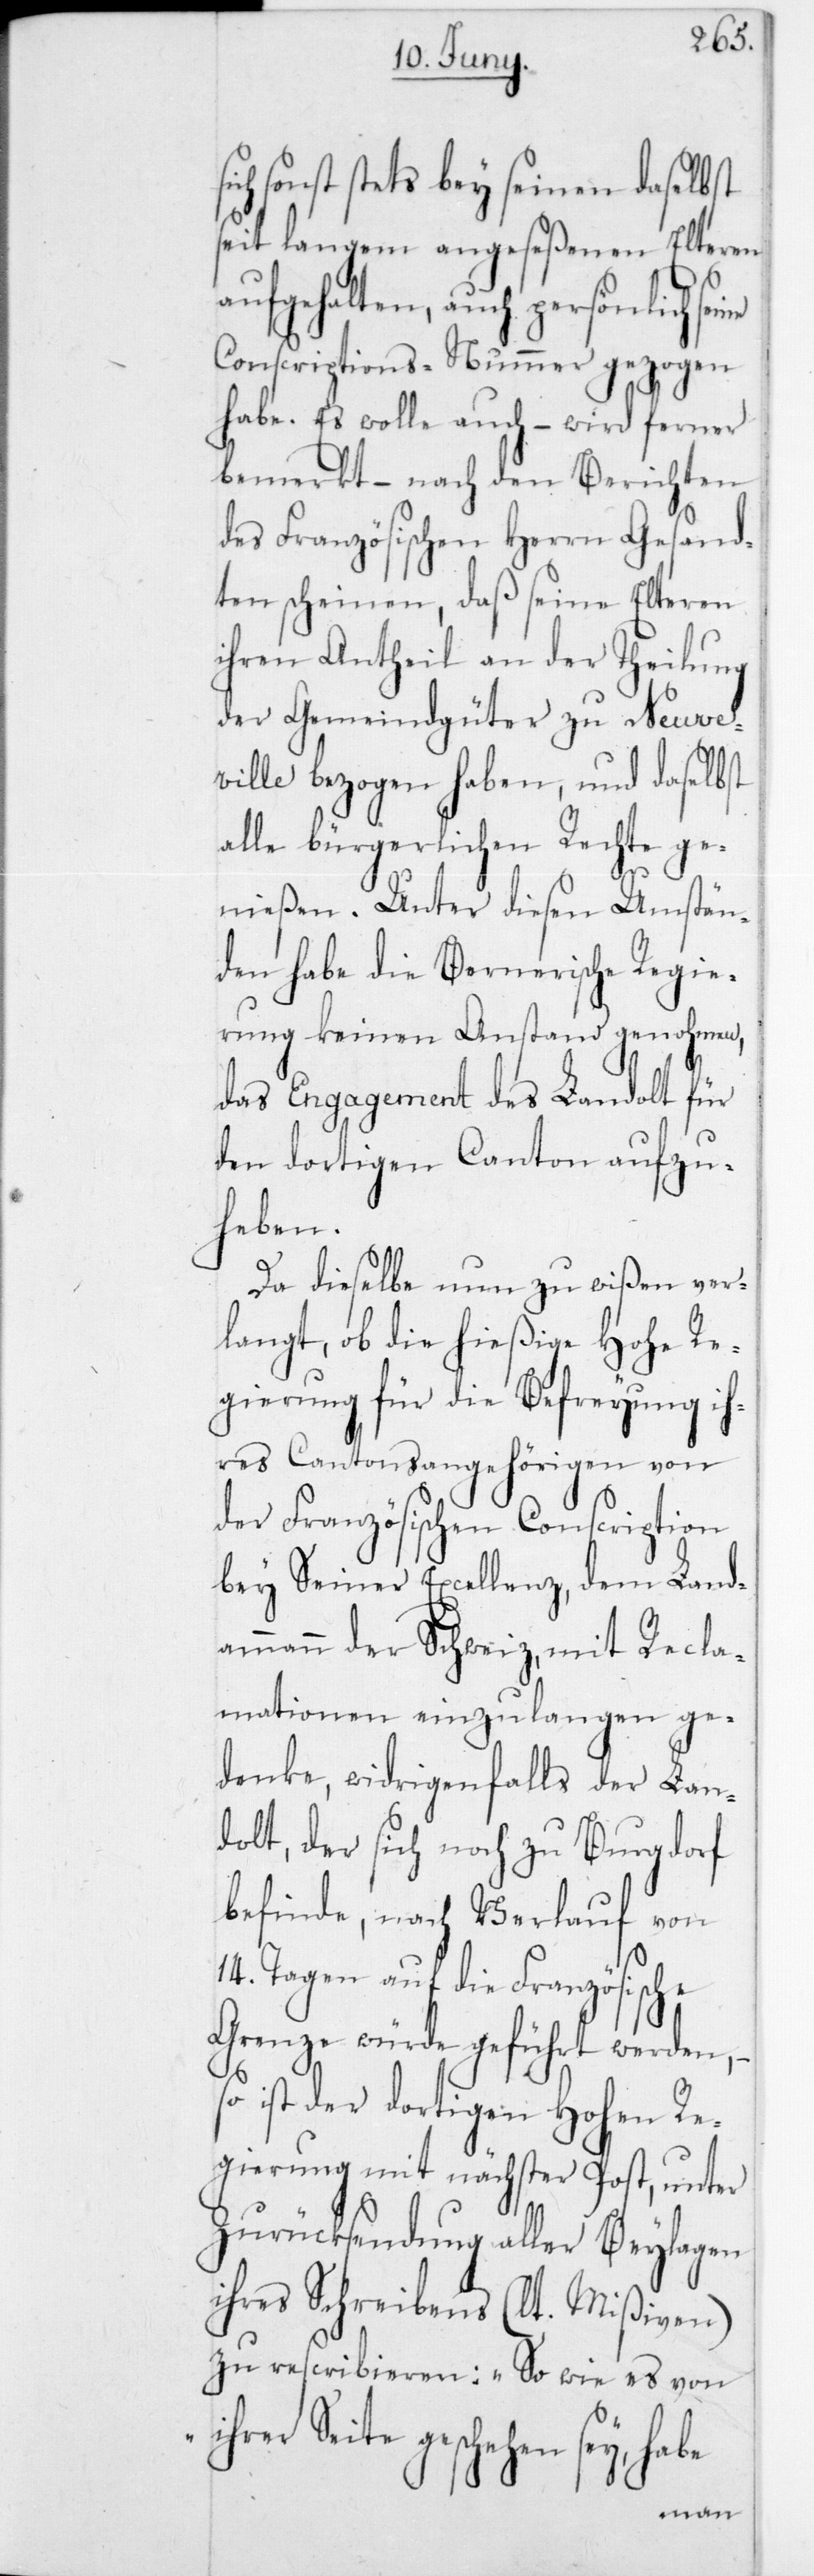
sonst stets bey seinen daselbst
seit langem angeseßenen Elteren
aufgehalten, auch persönlich se¬
Conscriptions-Nummer gezogen
habe. Es wolle auch, – wird ferner
bemerkt, nach den Berichten
des Französischen Herrn Gesand¬
ten scheinen, daß seine Elteren
ihren Antheil an der Theilung
der Gemeindgüter zu Neuve¬
ville bezogen haben, und daselbst
alle bürgerlichen Rechte ge¬
be
nießen. Unter diesen Umstän¬
den habe die Bernerische Regie¬
rung keinen Anstand genohmen,
das Engagement des Landolt für
den dortigen Canton aufzu¬
heben.
Da dieselbe nun zu wißen ver¬
langt, ob die hießige Hohe Re¬
gierung für die Befreyung ih¬
res Cantonsangehörigen von
der Französischen Conscription
bey Seiner Excellenz, dem Land¬
ammann der Schweiz, mit Recla¬
mationen einzulangen ge¬
denke, widrigenfalls der Lan¬
dolt, der sich noch zu Burgdorf
befinde, nach Verlauf von
14 Tagen auf die Französische
Grenze würde geführt werden, –
so ist der dortigen Hohen Re¬
gierung mit nächster Post, unter
Zurücksendung aller Beylagen
ihres Schreibens (lt. Mißiven)
zu rescribieren: „So wie es von
ihrer Seite geschehen sey, ha¬